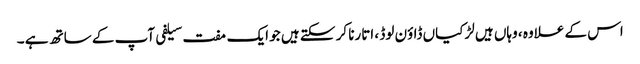
اس کے علاوہ ، وہاں ہیں لڑکیاں ڈاؤن لوڈ ، اتارنا کر سکتے ہیں جو ایک مفت سیلفی آپ کے ساتھ ہے ۔